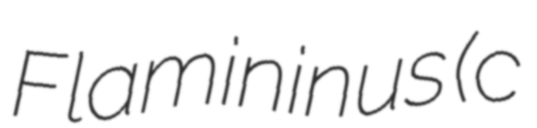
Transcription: Flamininus (c